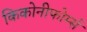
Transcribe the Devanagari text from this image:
किकोनीफोर्म्स